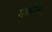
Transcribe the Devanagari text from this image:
मार्डविन